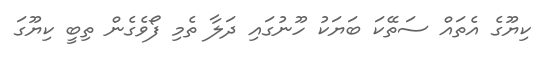
ކިޔޫގެ އެތައް ސަތޭކަ ބަޔަކު ހޫނުގައި ދަލާ ތެމި ފޯވެގެން ތިބީ ކިޔޫގަ